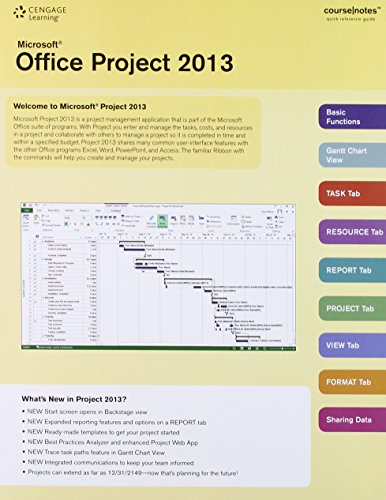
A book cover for Microsoft Project 2013 CourseNotes; Course Technology; Computers & Technology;